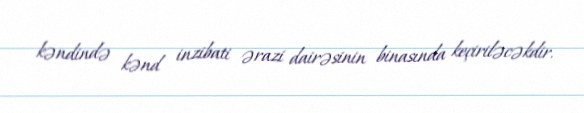
kəndində kənd inzibati ərazi dairəsinin binasında keçiriləcəkdir.